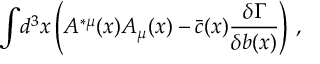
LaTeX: \displaystyle { \int } d ^ { 3 } x \left( A ^ { * \mu } ( x ) A _ { \mu } ( x ) - \bar { c } ( x ) { \displaystyle { \frac { \delta \Gamma } { \delta b ( x ) } } } \right) \, ,